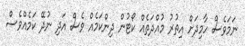
ނަމަވެސް ހާމިދަށް އިތުރު މުއްދަތެއް ކޯޓުން ދިންކަމެއް ވެސް އަދި ނުދޭ ކަމެއްވެސް